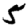
Digit: 5